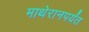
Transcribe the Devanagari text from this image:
माथेरानपर्यंत